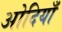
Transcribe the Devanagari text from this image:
ओदियाँ